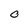
Character: O